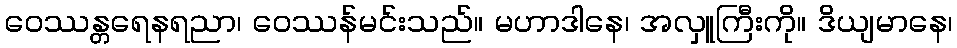
ဝေဿန္တရေနရညာ၊ ဝေဿန်မင်းသည်။ မဟာဒါနေ၊ အလှူကြီးကို။ ဒိယျမာနေ၊